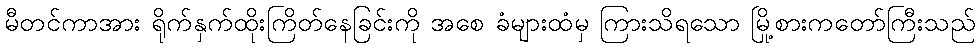
မီတင်ကာအား ရိုက်နှက်ထိုးကြိတ်နေခြင်းကို အစေ ခံများထံမှ ကြားသိရသော မြို့စားကတော်ကြီးသည်